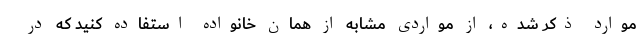
موارد ذکر شده، از مواردی مشابه از همان خانواده استفاده کنید که در